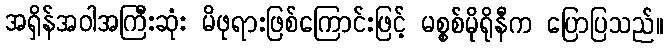
အရှိန်အဝါအကြီးဆုံး မိဖုရားဖြစ်ကြောင်းဖြင့် မစ္စစ်မိုရိုနီက ပြောပြသည်။